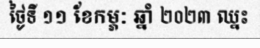
ថ្ងៃទី ១១ ខែកម្ភៈ ឆ្នាំ ២០២៣ ឈ្នះ